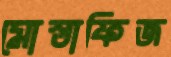
মোস্তাফিজ